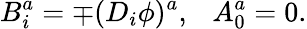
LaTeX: B_{i}^{a}=\mp(D_{i}\phi)^{a},\ \ \ A_{0}^{a}=0.